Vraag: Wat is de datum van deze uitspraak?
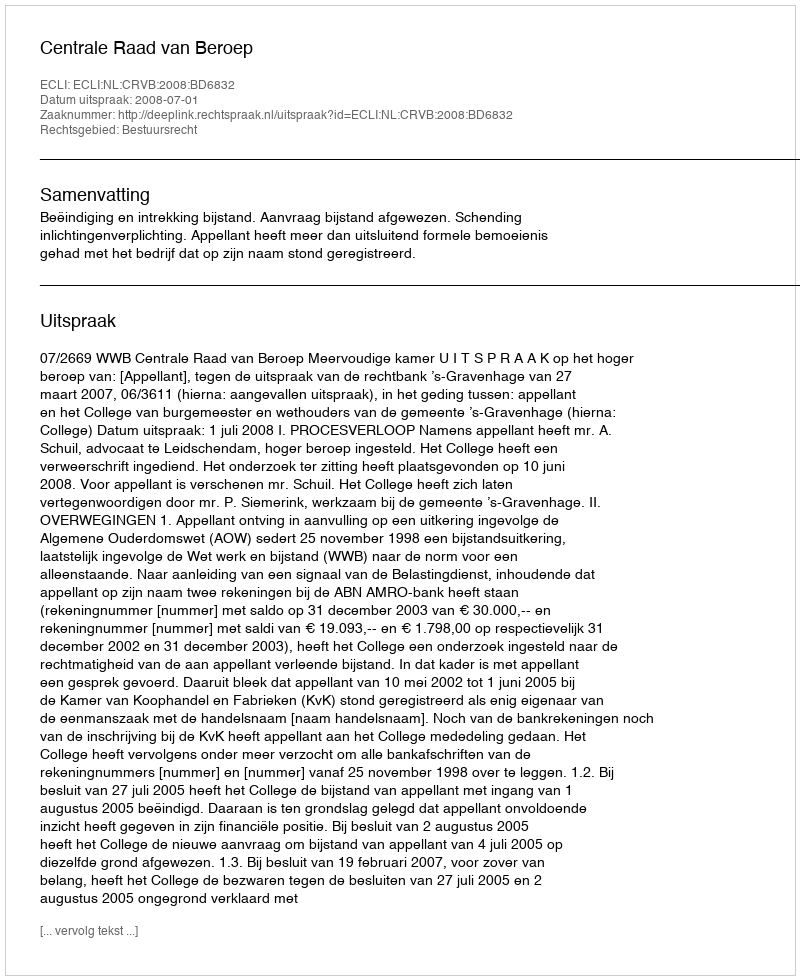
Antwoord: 2008-07-01